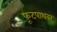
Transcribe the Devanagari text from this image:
फूटपाथवर